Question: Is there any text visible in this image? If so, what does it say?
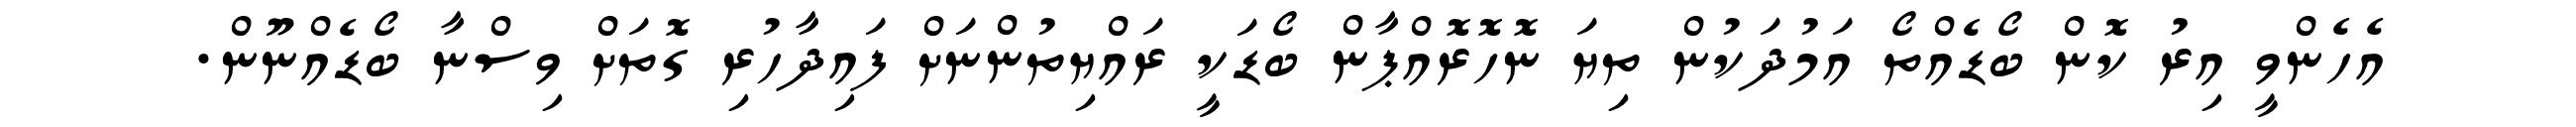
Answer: އެހެންވީ އިރު ކޮން ބޯޑެއްތޯ އަމުދަކުން ތިޔަ ނޮހޮރޮއްޕާން ބޯޑަކީ ރައްޔިތުންނަށް ފައިދާހުރި ގޮތަށް ވިސްނާ ބޯޑެއްނޫން.